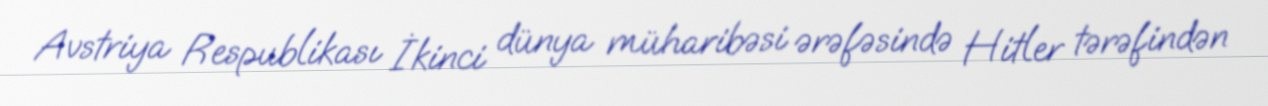
Avstriya Respublikası İkinci dünya müharibəsi ərəfəsində Hitler tərəfindən